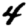
Digit: 4